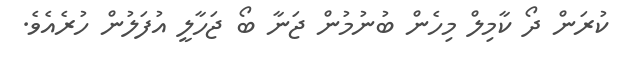
ކުރަން ދޯ ކާމިލް މިހެން ބުނުމުން ޖަނާ ބޯ ޖަހާލީ އުފަލުން ހުރެއެވެ.